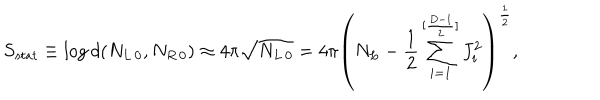
LaTeX: S _ { s t a t } \equiv \log d ( N _ { L \, 0 } , N _ { R \, 0 } ) \approx 4 \pi \sqrt { N _ { L \, 0 } } = 4 \pi \left( N _ { L } - { \frac { 1 } { 2 } } \sum _ { i = 1 } ^ { [ { \frac { D - 1 } { 2 } } ] } J _ { i } ^ { 2 } \right) ^ { \frac { 1 } { 2 } } ,